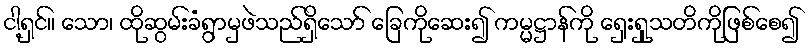
ငါ့ရှင်။ သော၊ ထိုဆွမ်းခံရွာမှဖဲသည်ရှိသော် ခြေကိုဆေး၍ ကမ္မဋ္ဌာန်ကို ရှေးရှုသတိကိုဖြစ်စေ၍